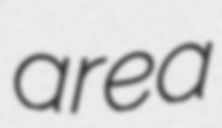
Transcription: area